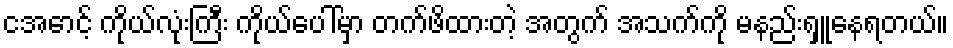
ငအောင့် ကိုယ်လုံးကြီး ကိုယ်ပေါ်မှာ တက်ဖိထားတဲ့ အတွက် အသက်ကို မနည်းရှူနေရတယ်။